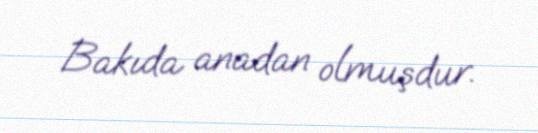
Bakıda anadan olmuşdur.